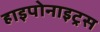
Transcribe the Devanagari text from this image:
हाइपोनाइट्रस